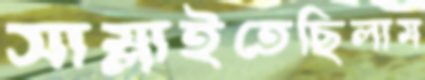
সাম্‌লাইতেছিলাম